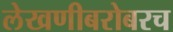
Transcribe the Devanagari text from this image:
लेखणीबरोबरच